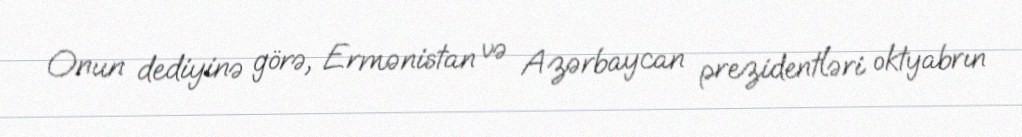
Onun dediyinə görə, Ermənistan və Azərbaycan prezidentləri oktyabrın